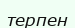
терпен